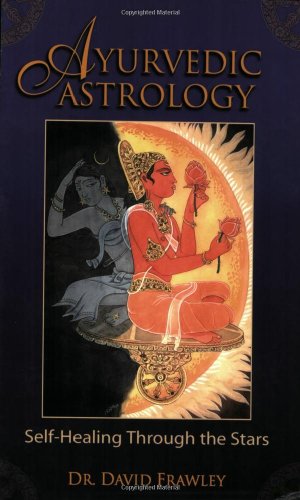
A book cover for Ayurvedic Astrology: Self-Healing Through the Stars; David Dr. Frawley; Health, Fitness & Dieting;